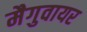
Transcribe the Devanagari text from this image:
मैगुवायर